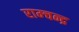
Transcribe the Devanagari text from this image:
राम्चन्द्र